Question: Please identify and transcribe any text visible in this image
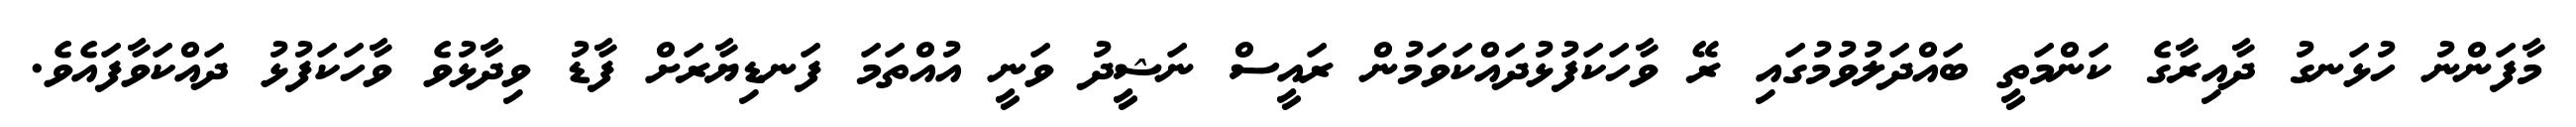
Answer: މާފަންނު ހުޅަނގު ދާއިރާގެ ކަންމަތީ ބައްދަލުވުމުގައި ރޭ ވާހަކަފުޅުދައްކަވަމުން ރައީސް ނަޝީދު ވަނީ އުއްތަމަ ފަނޑިޔާރަށް ފާޑު ވިދާޅުވެ ވާހަކަފުޅު ދައްކަވާފައެވެ.